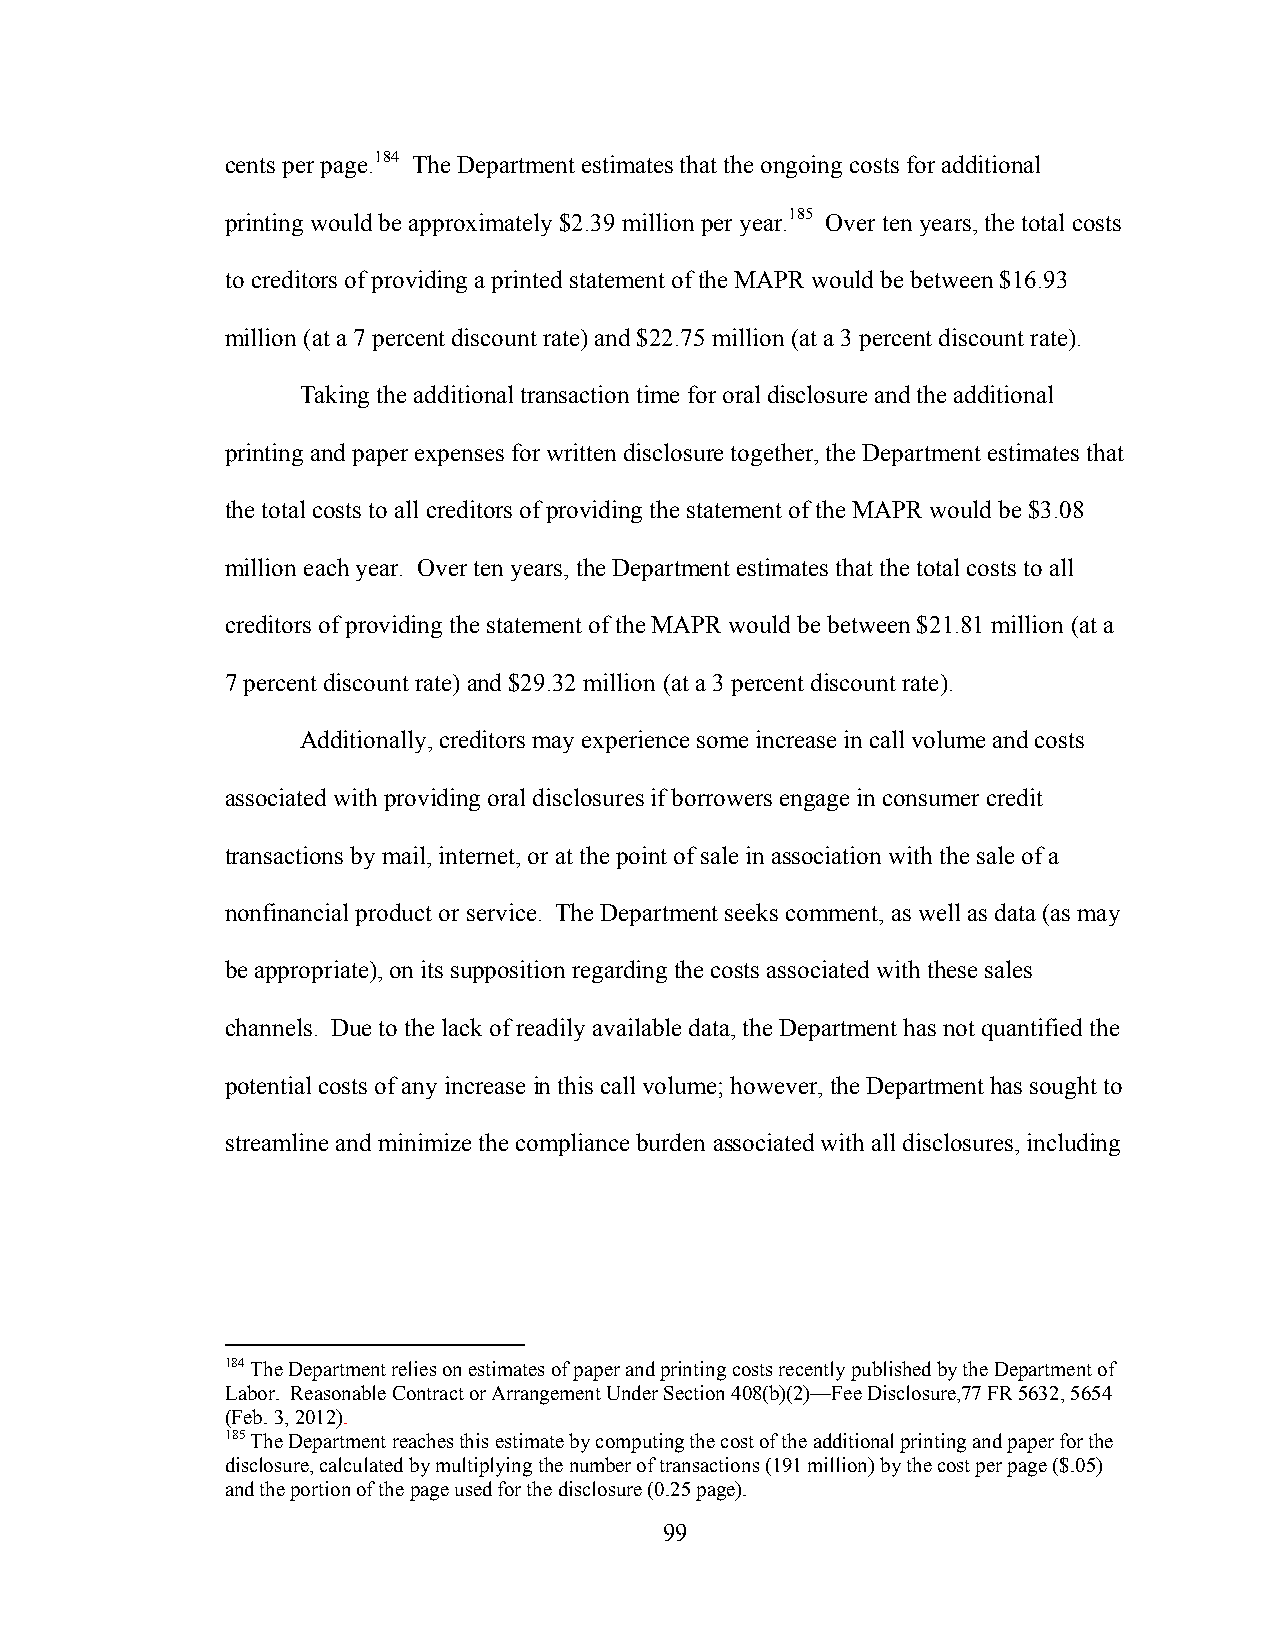
cents per page.184 The Department estimates that the ongoing costs for additional
 printing would be approximately $2.39 million per year.185 Over ten years, the total costs
 to creditors of providing a printed statement of the MAPR would be between $16.93
 million (at a 7 percent discount rate) and $22.75 million (at a 3 percent discount rate).
 Taking the additional transaction time for oral disclosure and the additional
 printing and paper expenses for written disclosure together, the Department estimates that
 the total costs to all creditors of providing the statement of the MAPR would be $3.08
 million each year. Over ten years, the Department estimates that the total costs to all
 creditors of providing the statement of the MAPR would be between $21.81 million (at a
 7 percent discount rate) and $29.32 million (at a 3 percent discount rate).
 Additionally, creditors may experience some increase in call volume and costs
 associated with providing oral disclosures if borrowers engage in consumer credit
 transactions by mail, internet, or at the point of sale in association with the sale of a
 nonfinancial product or service. The Department seeks comment, as well as data (as may
 be appropriate), on its supposition regarding the costs associated with these sales
 channels. Due to the lack of readily available data, the Department has not quantified the
 potential costs of any increase in this call volume; however, the Department has sought to
 streamline and minimize the compliance burden associated with all disclosures, including
 184 The Department relies on estimates of paper and printing costs recently published by the Department of
 Labor. Reasonable Contract or Arrangement Under Section 408(b)(2)—Fee Disclosure,77 FR 5632, 5654
 (Feb. 3, 2012).
 185 The Department reaches this estimate by computing the cost of the additional printing and paper for the
 disclosure, calculated by multiplying the number of transactions (191 million) by the cost per page ($.05)
 and the portion of the page used for the disclosure (0.25 page).
 99